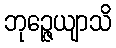
ဘုဉ္ဇေယျာသိ